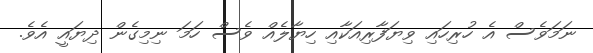
ނަމަވެސް އެ ހުރިހައި ވިޔަފާރިއަކާއި ހިޔާލެއް ވެސް ހަމަ ނިމިގެން ދިޔައީ އެވެ.